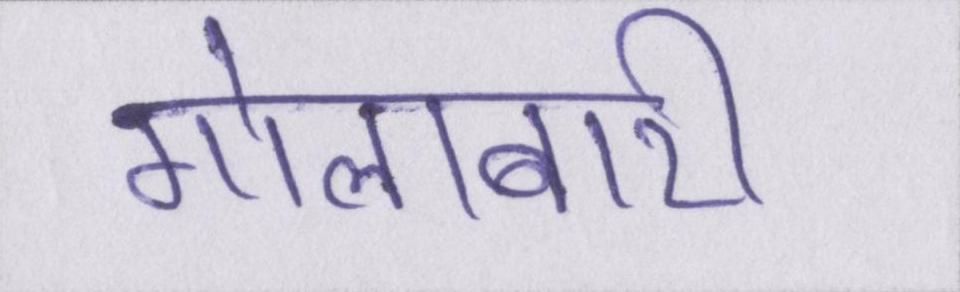
गोलाबारी